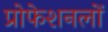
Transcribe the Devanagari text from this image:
प्रोफेशनलों